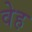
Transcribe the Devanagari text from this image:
वेह